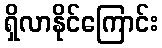
ရှိလာနိုင်ကြောင်း